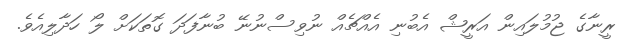
ރީނާގެ ޖުމުލައިން އަރީޝް އެބުނި އެއްޗެއް ނުވިސްނުނޭ ބުނާފަދަ ގޮތަކަށް ލޯ ހަދާލިއެވެ.